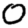
Digit: 0